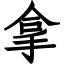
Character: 拿